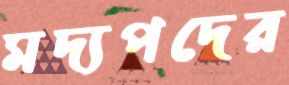
মদ্যপদের